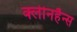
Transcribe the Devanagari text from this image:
क्लीनहैन्स